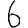
Digit: 6